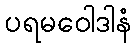
ပရမဝေါဒါနံ